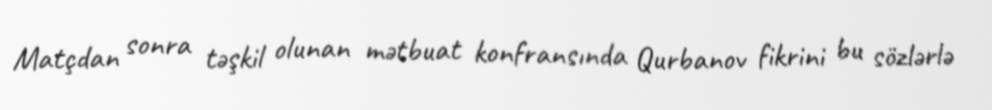
Matçdan sonra təşkil olunan mətbuat konfransında Qurbanov fikrini bu sözlərlə